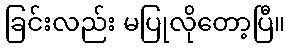
ခြင်းလည်း မပြုလိုတော့ပြီ။